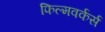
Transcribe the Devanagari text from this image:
फिल्मवर्कर्स